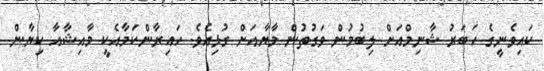
ކައިވެނީގެ ހަބަރު ޝާނިމްއަށް ލިބުމުން ވަގުތުން މާޔާއަށް ގުޅިއެވެ. ހައިރާންކަމާއެކީ މާއިޝާއާ ކިޔާން